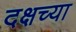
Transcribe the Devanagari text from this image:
दक्षच्या